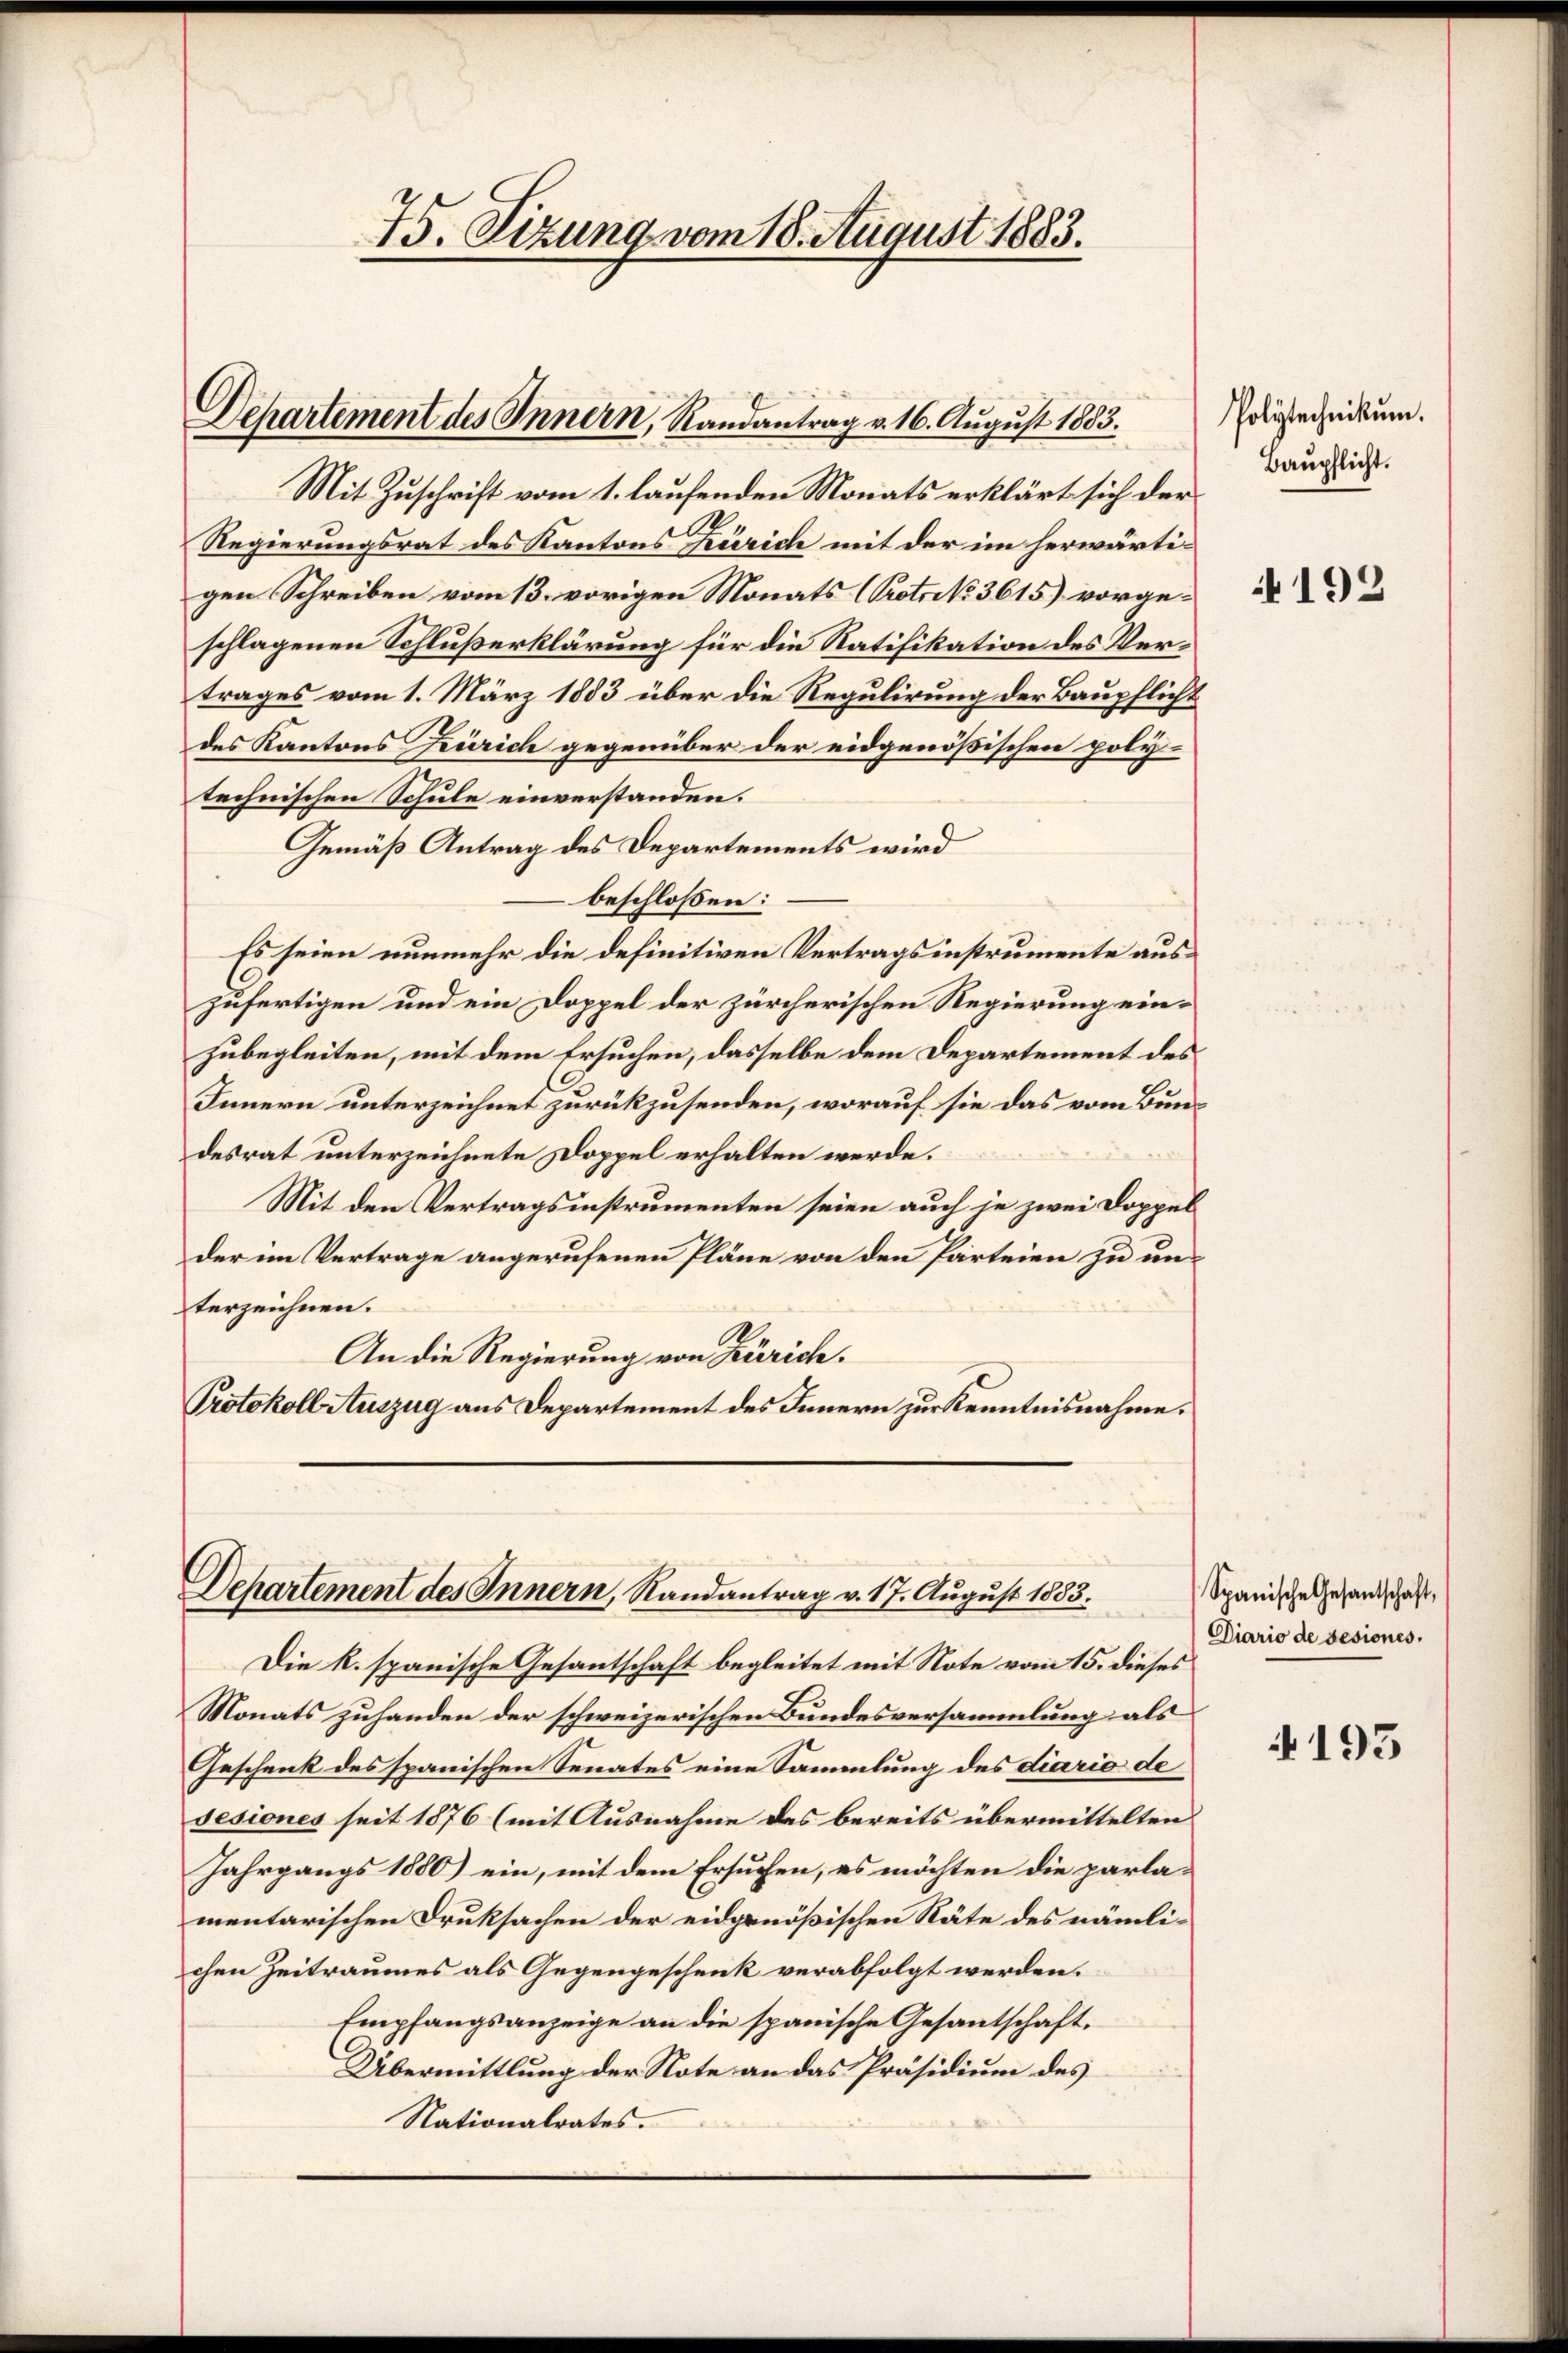
Departement des Innern, Randantrag v. 16. August 1883.

75. Sizung vom 18. August 1883.

Mit Zuschrift vom 1. laufenden Monats erklärt sich der
M.
Regierungsrat des Kantons Kurich mit der im herwärtigen Schreiben vom 13. vorigen Monats Proton. 3615) vorgeschlagenen Schlußerklärung für die Ratifikation des Vertrages vom 1. März 1883 über die Regulirung der Baupflicht
des Kantons Zürich gegenüber der eidgenößischen polytechnischen Schule einverstanden.
Gemäß Antrag des Departements wird
beschlossen:
Es seien nunmehr die definitiven Vertragsinstrumente auszufertigen und ein Doppel der zürcherischen Regierung einzubegleiten, mit dem Ersuchen, dasselbe dem Departement des
Innern unterzeichnet zurückzusenden, worauf sie das vom Bundesrat unterzeichnete Doppel erhalten werde.
Mit den Vertragsinstrumenten seien auch je zwei Doppel
der im Vertrage angerufenen Pläne von den Parteien zu unterzeichnen.
An die Regierung von Zürich.
Protokoll Auszug aus Departement des Innern zur Kenntnisnahme.

Departement des Innern, Randantrag v. 17. August 1883.

Die k. spanische Gesantschaft begleitet mit Note vom 15. dieses
Monats zuhanden der schweizerischen Bundesversammlung als
Geschenk des spanischen Senates eine Sammlung des diario de
sesiones seit 1876 (mit Ausnahme des bereits übermittelten
Jahrgangs 1880) ein, mit dem Ersuchen, es möchten die parlamentarischen Druksachen der eidgenößischen Räte des nämlichen Zeitraumes als Gegengeschenk verabfolgt werden.
Empfangsanzeige an die spanische Gesantschaft.
Übermittlung der Note an das Präsidium des
Nationalrates.

Polytechnikum.
Baupflicht.

192

Spanische Gesantschaft,
Diario de sesiones,

193